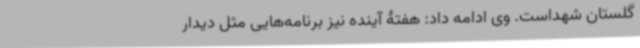
گلستان شهداست. وی ادامه داد: هفتۀ آینده نیز برنامه‌هایی مثل دیدار